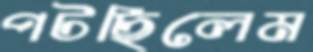
পটছিলেম